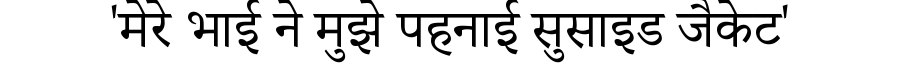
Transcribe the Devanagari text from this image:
'मेरे भाई ने मुझे पहनाई सुसाइड जैकेट'